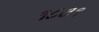
૧૮૩૧